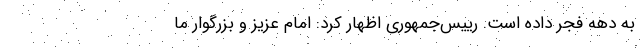
به دهه فجر داده است. رییس‌جمهوری اظهار کرد: امام عزیز و بزرگوار ما